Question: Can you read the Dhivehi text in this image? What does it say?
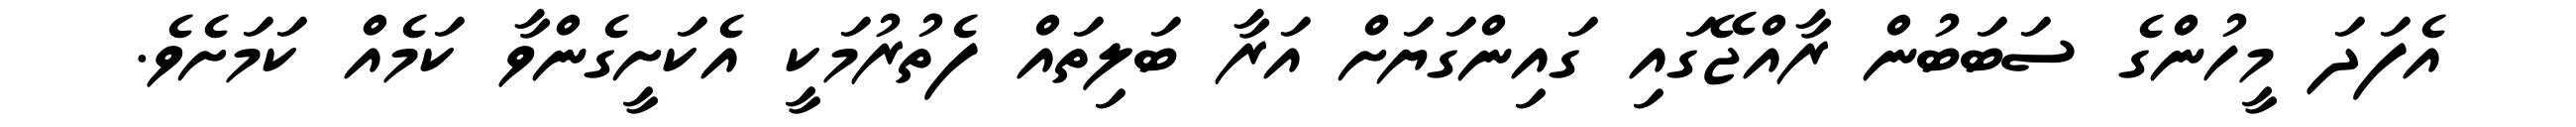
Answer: އެފަދަ މީހުންގެ ސަބަބުން ރާއްޖޭގައި ގައިންގަޔަށް އަރާ ބަލިތައް ފެތުރުމަކީ އެކަށީގެންވާ ކަމެއް ކަމަށެވެ.